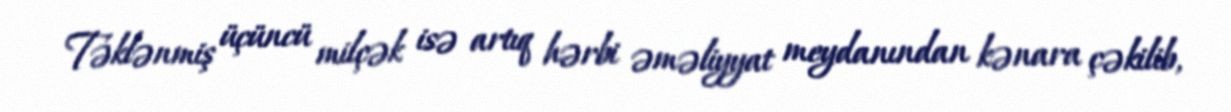
Təklənmiş üçüncü milçək isə artıq hərbi əməliyyat meydanından kənara çəkilib,